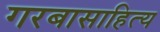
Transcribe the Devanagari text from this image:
गरबासाहित्य